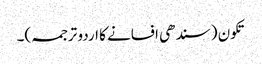
تکون (سندھی افسانے کا اردو ترجمہ)۔